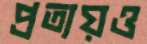
প্রত্যয়ও